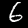
Label: 6